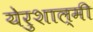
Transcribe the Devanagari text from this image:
येरुशाल्मी